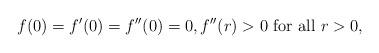
LaTeX: \begin{align*}f(0)=f'(0)=f''(0)=0,f''(r)>0\mbox{ for all }r>0,\end{align*}